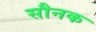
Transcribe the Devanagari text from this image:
सौनक